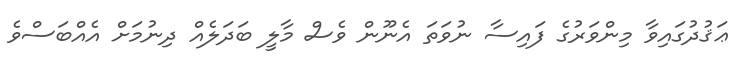
ޢަޤުދުގައިވާ މިންވަރުގެ ފައިސާ ނުވަތަ އެނޫން ވެސް މާލީ ބަދަލެއް ދިނުމަށް އެއްބަސްވެ